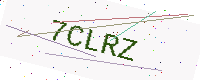
Text: 7CLRZ